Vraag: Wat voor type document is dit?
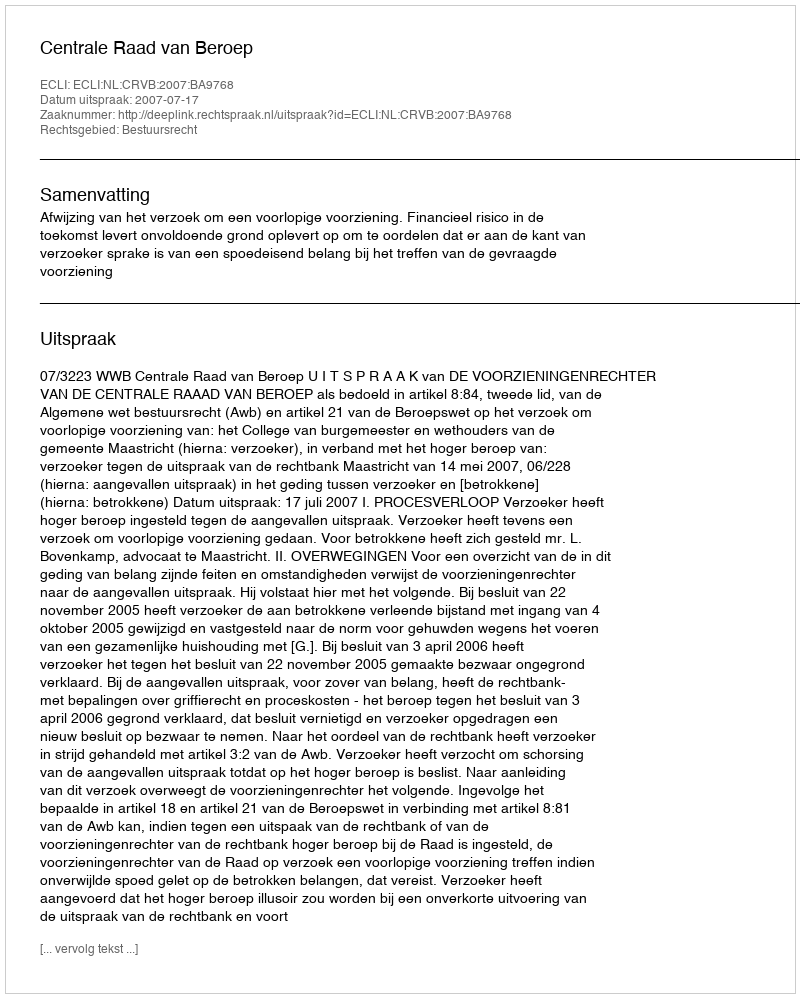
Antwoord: Uitspraak